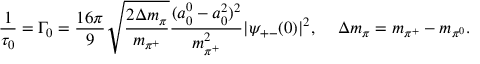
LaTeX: \frac { 1 } { \tau _ { 0 } } = \Gamma _ { 0 } = \frac { 1 6 \pi } { 9 } \sqrt { \frac { 2 \Delta m _ { \pi } } { m _ { \pi ^ { + } } } } \frac { ( a _ { 0 } ^ { 0 } - a _ { 0 } ^ { 2 } ) ^ { 2 } } { m _ { \pi ^ { + } } ^ { 2 } } | \psi _ { + - } ( 0 ) | ^ { 2 } , \ \ \, \ \Delta m _ { \pi } = m _ { \pi ^ { + } } - m _ { \pi ^ { 0 } } .